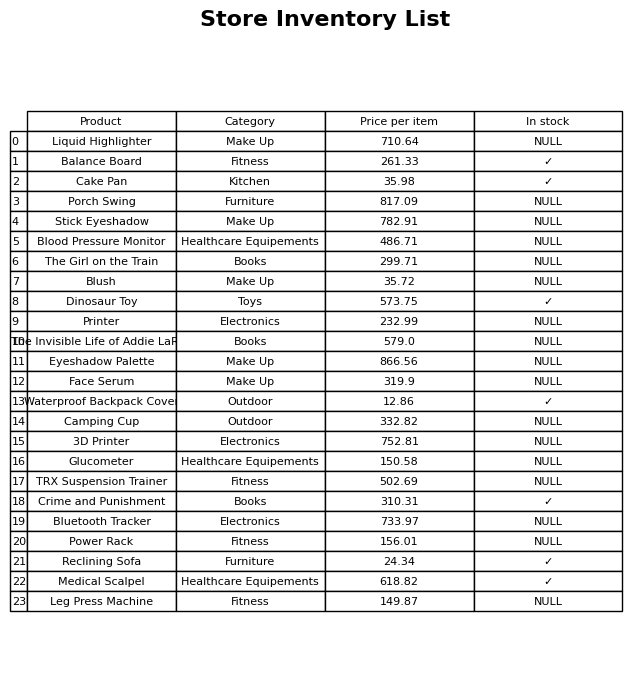
question: What is the price of the Eyeshadow Palette?
answer: The price of Eyeshadow Palette is 866.56.